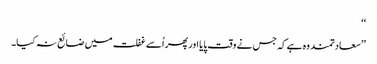
‘‘
’’سعادتمند وہ ہے کہ جس نے وقت پایا اور پھر اُسے غفلت میں ضائع نہ کیا۔